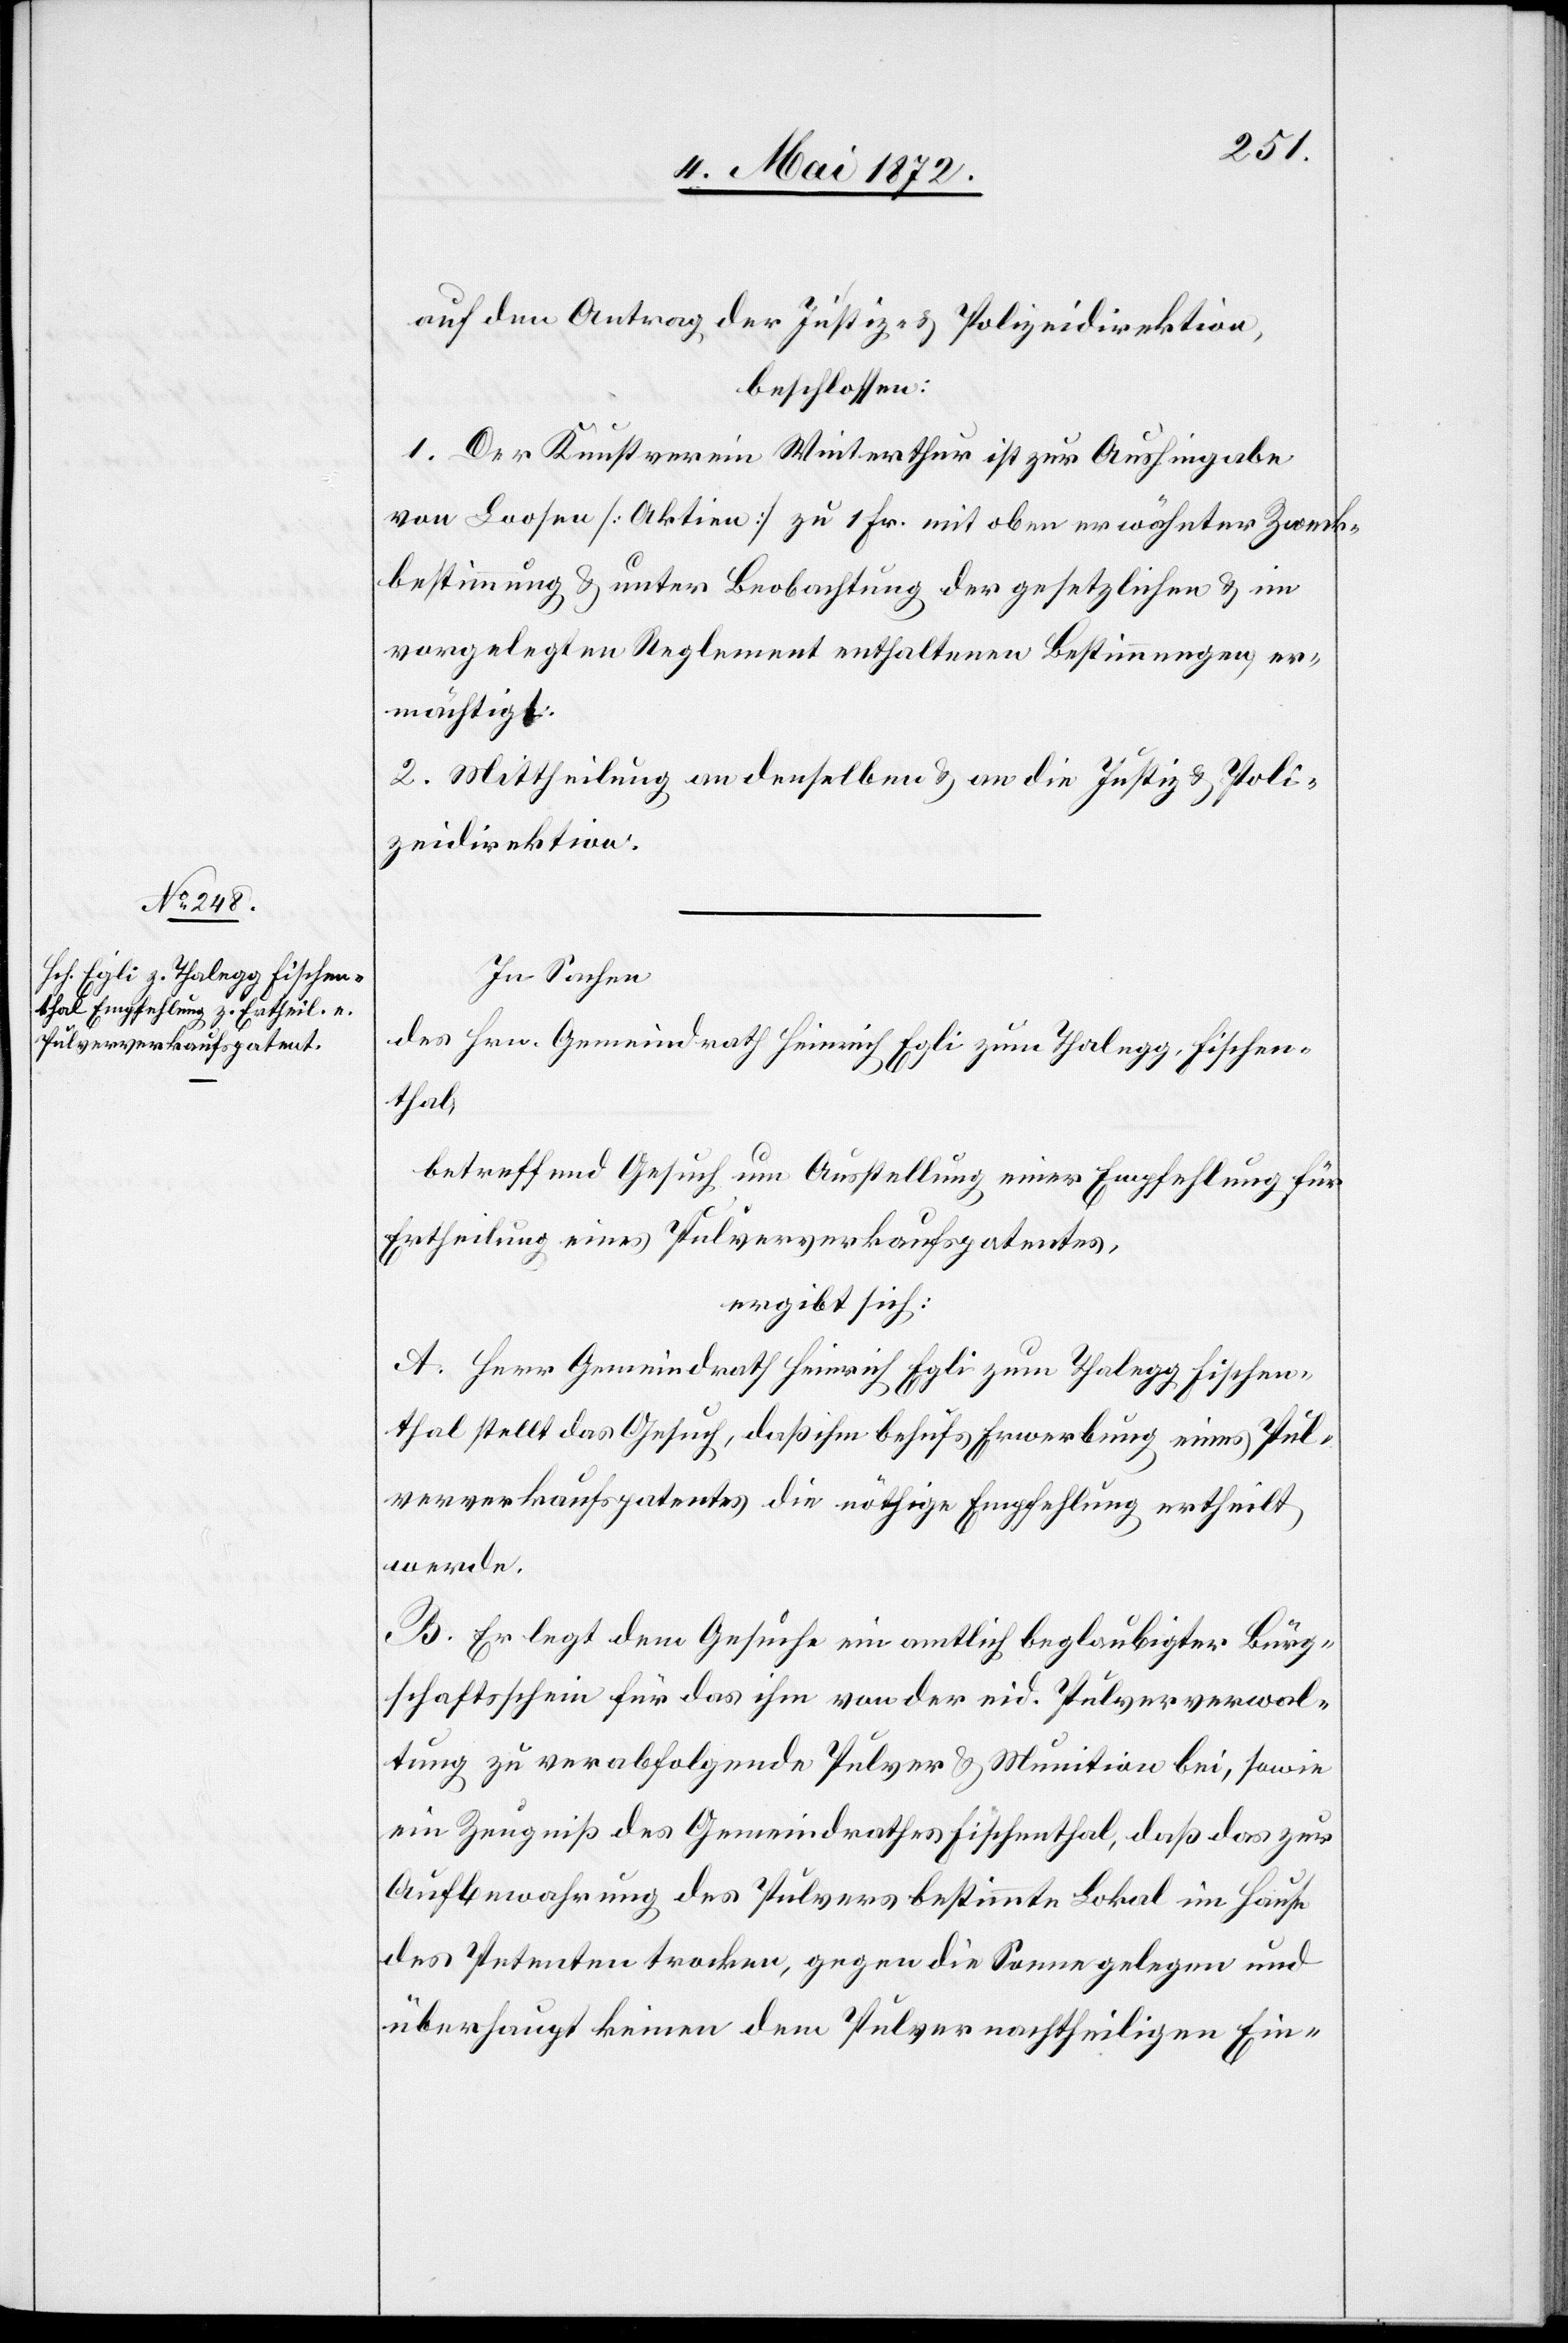
auf den Antrag der Justiz- u. Polizeidirektion,
beschlossen:
1. Der Kunstverein Winterthur ist zur Aushingabe
von Loosen [Aktien] zu 1 Fr. mit oben erwähnter Zweck¬
bestimmung u. unter Beobachtung der gesetzlichen u. im
vorgelegten Reglement enthaltenen Bestimmungen, er¬
mächtigt.
2. Mittheilung an denselben u. an die Justiz- u. Poli¬
zeidirektion.
In Sachen
des Hrn. Gemeindrath Heinrich Egli zum Thalegg, Fischen¬
thal,
betreffend Gesuch um Ausstellung einer Empfehlung für
Ertheilung eines Pulververkaufspatentes,
ergibt sich:
A. Herr Gemeindrath Heinrich Egli zum Thalegg Fischen¬
thal stellt das Gesuch, daß ihm behufs Erwerbung eines Pul¬
ververkaufspatentes die nöthige Empfehlung ertheilt
werde.
B. Er legt dem Gesuche ein amtlich beglaubigter Bürg¬
schaftsschein für das ihm von der eid. Pulververwal¬
tung zu verabfolgende Pulver u. Munition bei, sowie
ein Zeugniß des Gemeindrathes Fischenthal, daß das zur
Aufbewahrung des Pulvers bestimmte Lokal im Hause
des Petenten trocken, gegen die Sonne gelegen und
überhaupt keinen dem Pulver nachtheiligen Ein-